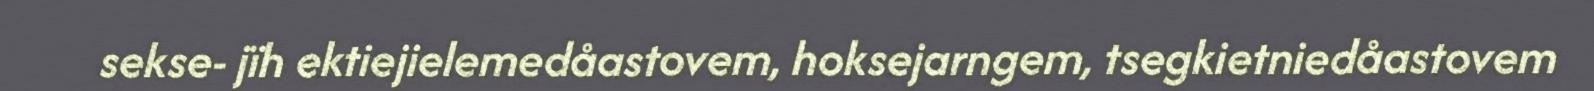
sekse- jïh ektiejielemedåastovem, hoksejarngem, tsegkietniedåastovem